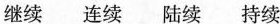
继续 连续 陆续 持续